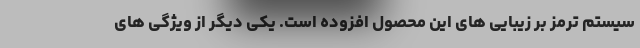
سیستم ترمز بر زیبایی های این محصول افزوده است. یکی دیگر از ویژگی های